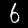
Label: 6